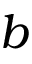
b